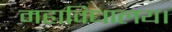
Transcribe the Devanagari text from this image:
महाविधालय।